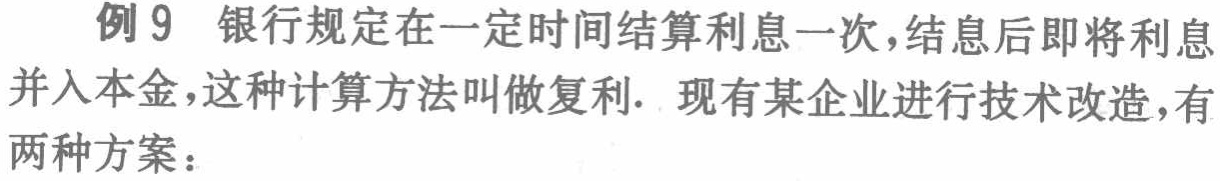
例 9 银行规定在一定时间结算利息一次，结息后即将利息并入本金，这种计算方法叫做复利. 现有某企业进行技术改造，有两种方案：